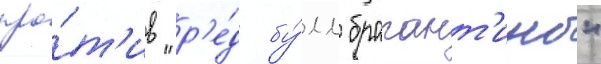
про́т'ив "р'е́д бу́лл брагант'ино"